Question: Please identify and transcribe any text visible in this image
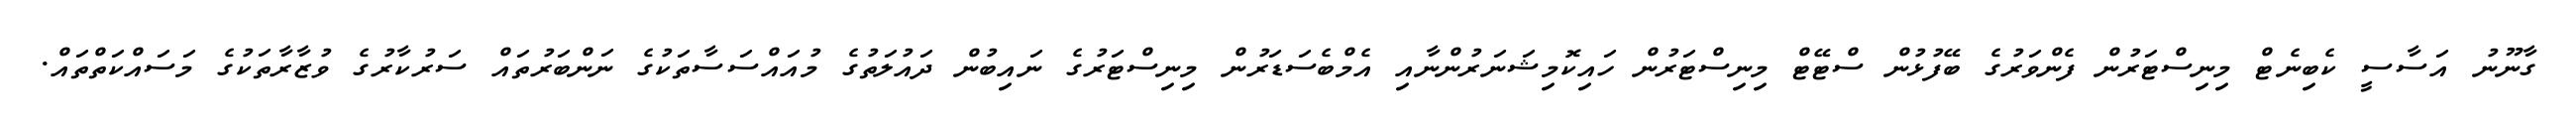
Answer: ގާނޫނު އަސާސީ ކެބިނެޓް މިނިސްޓަރުން ފެންވަރުގެ ބޭފުޅުން ސްޓޭޓް މިނިސްޓަރުން ހައިކޮމިޝަނަރުންނާއި އެމްބެސަޑަރުން މިނިސްޓަރުގެ ނައިބުން ދައުލަތުގެ މުއައްސަސާތަކުގެ ނަންބަރުތައް ސަރުކާރުގެ ވުޒާރާތަކުގެ މަސައްކަތްތައް.